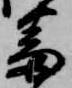
番